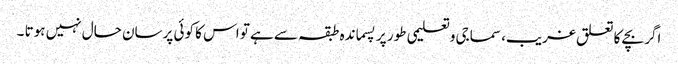
اگر بچے کا تعلق غریب، سماجی وتعلیمی طور پر پسماندہ طبقہ سے ہے تو اس کا کوئی پرسان حال نہیں ہوتا ۔